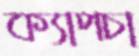
ক্যাপচা